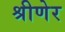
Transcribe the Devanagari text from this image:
श्रीणेर